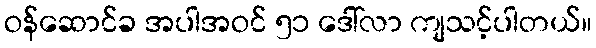
ဝန်ဆောင်ခ အပါအဝင် ၅၁ ဒေါ်လာ ကျသင့်ပါတယ်။